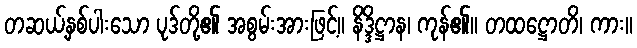
တဆယ့်နှစ်ပါးသော ပုဒ်တို့၏ အစွမ်းအားဖြင့်။ နိဒ္ဒိဋ္ဌာန၊ ကုန်၏။ တထဋ္ဌောတိ၊ ကား။